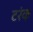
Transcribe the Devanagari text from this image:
टरंक